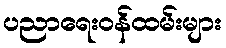
ပညာရေးဝန်ထမ်းများ